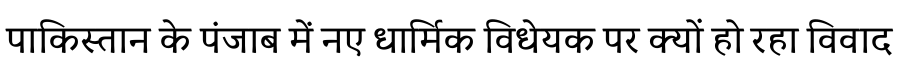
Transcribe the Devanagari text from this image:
पाकिस्तान के पंजाब में नए धार्मिक विधेयक पर क्यों हो रहा विवाद